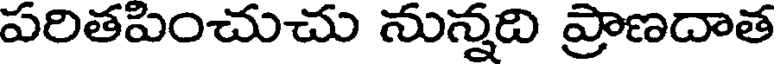
పరితపించుచు నున్నది ప్రాణదాత